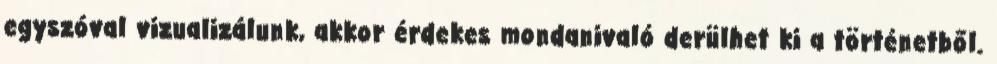
egyszóval vizualizálunk, akkor érdekes mondanivaló derülhet ki a történetből.